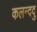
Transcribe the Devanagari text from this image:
कलन्ददु